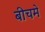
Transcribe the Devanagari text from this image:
बीचमे